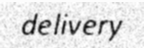
delivery